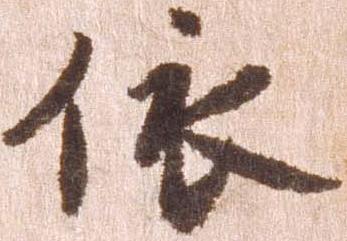
依